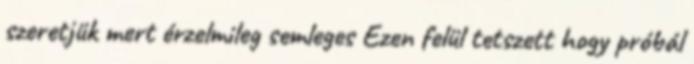
szeretjük mert érzelmileg semleges Ezen felül tetszett hogy próbál